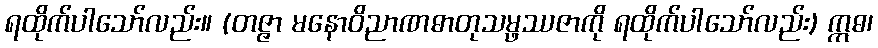
ရထိုက်ပါသော်လည်း။ (တဇ္ဇာ မနောဝိညာဏဓာတုသမ္ဖဿဇာကို ရထိုက်ပါသော်လည်း) ဣဓ၊